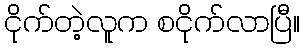
ငိုက်တဲ့လူက စငိုက်လာပြီ။